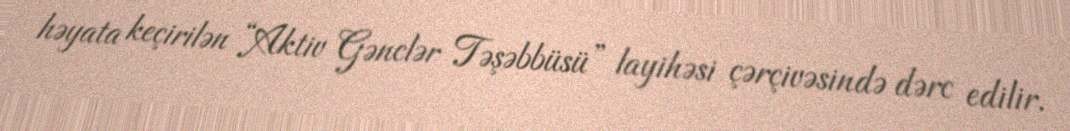
həyata keçirilən “Aktiv Gənclər Təşəbbüsü” layihəsi çərçivəsində dərc edilir.